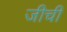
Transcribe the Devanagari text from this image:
जीची